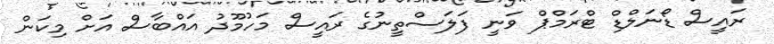
ރައީސް ޑޯނަލްޑް ޓްރަމްޕް ވަނީ ފަލަސްތީނުގެ ރައީސް މަހުމޫދު އައްބާސް އަށް މިކަން